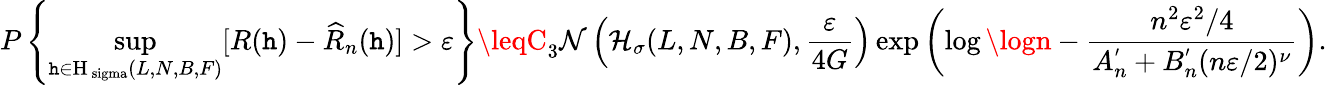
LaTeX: P\left\{ \underset{\mathtt{h}\in\mathrm{{H_{\ sigma}}}(L,N,B,F)}{\operatorname*{sup}}[R(\mathtt{h})-\widehat{{R}}_{n}(\mathtt{h})]>\varepsilon\right\} \leqC_{3}\mathcal{{N}}\left(\mathcal{{H}}_{\sigma}(L,N,B,F),\frac{{\varepsilon}}{{4G}}\right)\exp\left(\log\logn-\frac{{n^{2}\varepsilon^{2}/4}}{{A_{n}^{'}+B_{n}^{'}(n\varepsilon/2)^{\nu}}}\right).